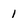
Character: 1